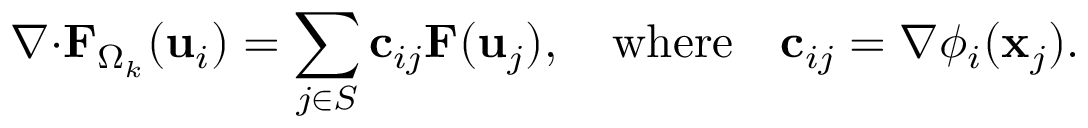
\boldsymbol { \nabla } { \cdot } { \mathbf { F } } _ { \Omega _ { k } } ( \mathbf { u } _ { i } ) = \sum _ { j \in S } \mathbf { c } _ { i j } \mathbf { F } ( \mathbf { u } _ { j } ) , \quad \mathrm { w h e r e } \quad \mathbf { c } _ { i j } = \nabla \phi _ { i } ( \mathbf { x } _ { j } ) .